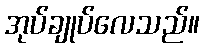
အုပ်ချုပ်လေသည်။